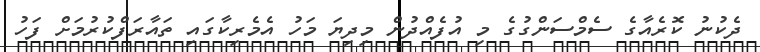
ދެކުނު ކޮރެއާގެ ސެމްސަންގުގެ މި އުފެެއްދުން މިދިޔަ މަހު އެމެރިކާގައި ތައާރަފްކުރުމަށް ފަހު